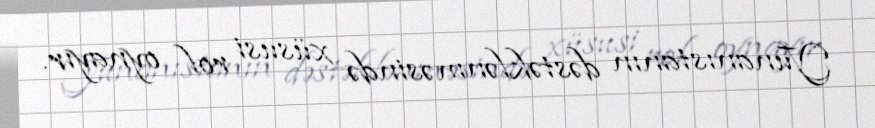
Yunanıstanın dəstəklənməsində xüsusi rol oynayır.